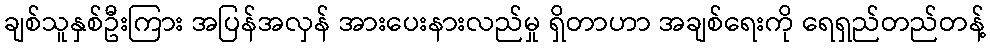
ချစ်သူနှစ်ဦးကြား အပြန်အလှန် အားပေးနားလည်မှု ရှိတာဟာ အချစ်ရေးကို ရေရှည်တည်တန့်